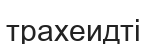
трахеидті